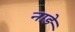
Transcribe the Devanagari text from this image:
नाड़े